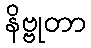
နိဗ္ဗုတာ